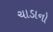
ચાડાનો